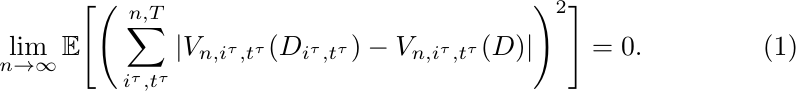
		\begin{equation}
			\lim\limits_{n\rightarrow\infty}\mathbb{E}\Bigg[\Bigg(\sum_{i^{\tau}, t^{\tau}}^{n, T} |V_{n,i^{\tau}, t^{\tau}}(D_{i^{\tau},t^{\tau}})-V_{n,i^{\tau}, t^{\tau}}(D)|\Bigg)^2\Bigg]= 0.
		\end{equation}